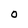
Character: O